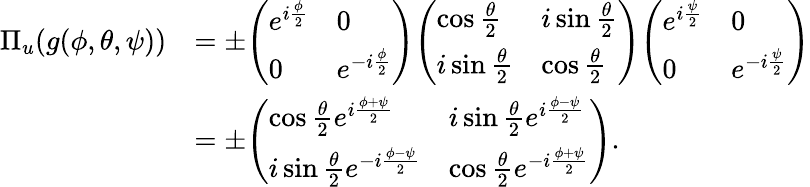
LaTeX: {\begin{array}{rl}{\Pi_{u}(g(\phi,\theta,\psi))}&{=\pm{\left(\begin{array}{ll}{e^{i{\frac{\phi}{2}}}}&{0}\\ {0}&{e^{-i{\frac{\phi}{2}}}}\end{array}\right)}{\left(\begin{array}{ll}{\cos{\frac{\theta}{2}}}&{i\sin{\frac{\theta}{2}}}\\ {i\sin{\frac{\theta}{2}}}&{\cos{\frac{\theta}{2}}}\end{array}\right)}{\left(\begin{array}{ll}{e^{i{\frac{\psi}{2}}}}&{0}\\ {0}&{e^{-i{\frac{\psi}{2}}}}\end{array}\right)}}\\ &{=\pm{\left(\begin{array}{ll}{\cos{\frac{\theta}{2}}e^{i{\frac{\phi+\psi}{2}}}}&{i\sin{\frac{\theta}{2}}e^{i{\frac{\phi-\psi}{2}}}}\\ {i\sin{\frac{\theta}{2}}e^{-i{\frac{\phi-\psi}{2}}}}&{\cos{\frac{\theta}{2}}e^{-i{\frac{\phi+\psi}{2}}}}\end{array}\right)}.}\end{array}}